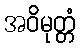
အဝိမုတ္တံ